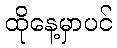
ထိုနေ့မှာပင်